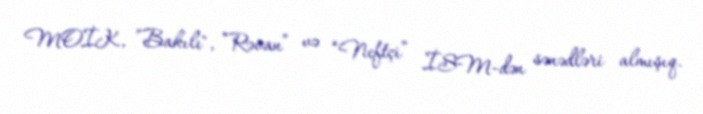
MOİK, ”Bakılı", “Rəvan” və “Neftçi” İSM-dən sənədləri almışıq.